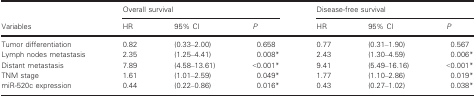
<table><thead><tr><td rowspan="2"><b>Variables</b></td><td colspan="3"><b>Overall survival</b></td><td colspan="3"><b>Disease‐free survival</b></td></tr><tr><td><b>HR</b></td><td><b>95% CI</b></td><td><b><i>P</i></b></td><td><b>HR</b></td><td><b>95% CI</b></td><td><b><i>P</i></b></td></tr></thead><tbody><tr><td>Tumor differentiation</td><td>0.82</td><td>(0.33–2.00)</td><td>0.658</td><td>0.77</td><td>(0.31–1.90)</td><td>0.567</td></tr><tr><td>Lymph nodes metastasis</td><td>2.35</td><td>(1.25–4.41)</td><td>0.008a</td><td>2.43</td><td>(1.30–4.59)</td><td>0.006a</td></tr><tr><td>Distant metastasis</td><td>7.89</td><td>(4.58–13.61)</td><td>&lt;0.001a</td><td>9.41</td><td>(5.49–16.16)</td><td>&lt;0.001a</td></tr><tr><td>TNM stage</td><td>1.61</td><td>(1.01–2.59)</td><td>0.049a</td><td>1.77</td><td>(1.10–2.86)</td><td>0.019a</td></tr><tr><td>miR‐520c expression</td><td>0.44</td><td>(0.22–0.86)</td><td>0.016a</td><td>0.43</td><td>(0.27–1.02)</td><td>0.038a</td></tr></tbody></table>